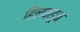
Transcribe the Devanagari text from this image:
हिलकडून